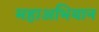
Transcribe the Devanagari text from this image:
महाअभियान